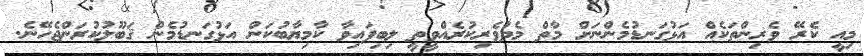
މިއީ ކެރޭ ވެރިންތަކެއް އަޅުގަނޑުމެންނަށް މާތް މެދުވެރިކުރެއްވީތީ ލިބިފައިވާ ކާމިޔާބުކަން އަޅުގަނޑުމެން ޤަބޫލުކުރަންޖެހޭނެ.